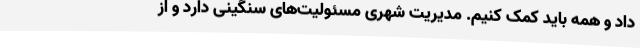
داد و همه باید کمک کنیم. مدیریت شهری مسئولیت‌های سنگینی دارد و از